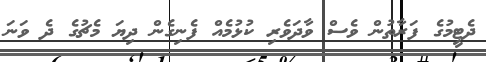
ދެޓީމުގެ ފަރާތުން ވެސް ވާދަވެރި ކުޅުމެއް ފެނިގެން ދިޔަ މެޗުގެ ދެ ވަނަ